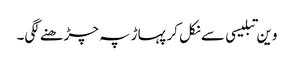
وین تبلیسی سے نکل کر پہاڑ پہ چڑھنے لگی۔